Leprosy in India: report of the Leprosy Commission in India, 1890-91
Year: 1890
Disease focus: Leprosy
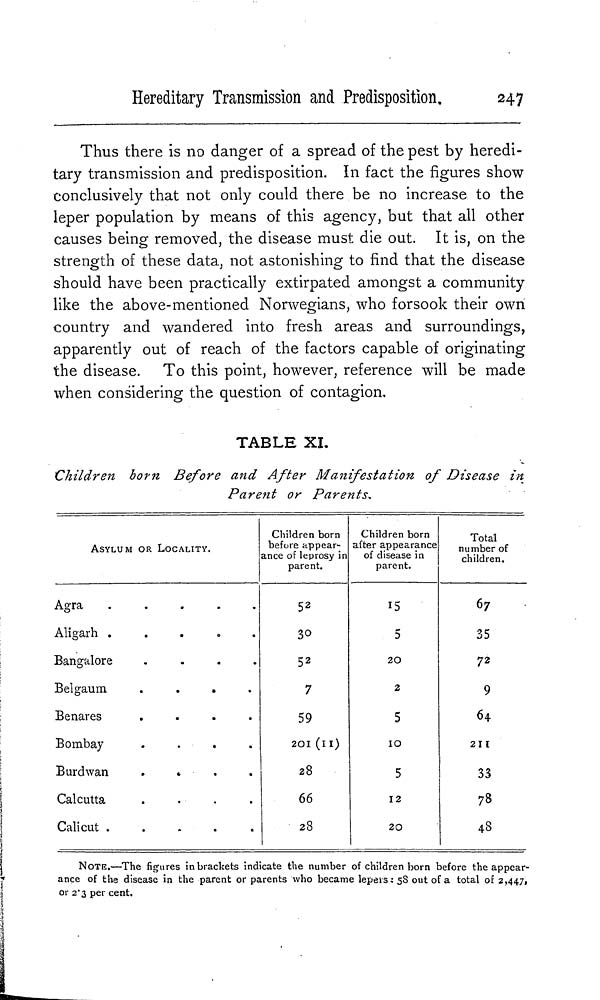
Hereditary Transmission and Predisposition.
247
Thus there is no danger of a spread of the pest by heredi-
tary transmission and predisposition. In fact the figures show
conclusively that not only could there be no increase to the
leper population by means of this agency, but that all other
causes being removed, the disease must die out. It is, on the
strength of these data, not astonishing to find that the disease
should have been practically extirpated amongst a community
like the above-mentioned Norwegians, who forsook their own
country and wandered into fresh areas and surroundings,
apparently out of reach of the factors capable of originating
the disease. To this point, however, reference will be made
when considering the question of contagion,
TABLE XL
Children born Before and After Manifestation of Disease in
Parent or Parents.
ASYLUM OR LOCALITY.
A g r a
A l i g a r h
.....
B a n g a l o r e
....
B e l g a u m
....
B e n a r e s
....
B o m b a y
....
B u r d w a n
*
C a l c u t t a
....
C a l i c u t
Children born
before appear-
ance of leprosy in
parent.
5 2
30
52
7
59
201 (11)
28
66
28
Children born
after appearance
of disease in
parent.
5
20
2
5
10
5
12
20
Total
number of
children.
67
35
72
9
64
211
33
78
43
NOTE.—The figures in brackets indicate the number of children born before the appear-
ance of the disease in the parent or parents who became lepe¡s: 5S out of a total of 2,447,
or 2.3 per cent.